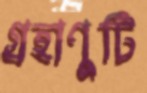
গ্রহাণুটি